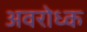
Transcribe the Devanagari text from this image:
अवरोध्क